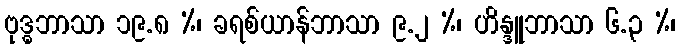
ဗုဒ္ဓဘာသာ ၁၉.၈ %၊ ခရစ်ယာန်ဘာသာ ၉.၂ %၊ ဟိန္ဒူဘာသာ ၆.၃ %၊